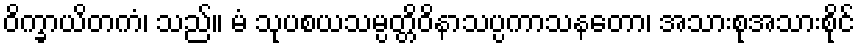
ဝိက္ခာယိတကံ၊ သည်။ မံ သုပစယသမ္ပတ္တိဝိနာသပ္ပကာသနတော၊ အသားစုအသားစိုင်